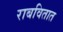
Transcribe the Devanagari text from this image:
राबवितात